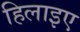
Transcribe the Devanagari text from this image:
हिलाइए